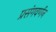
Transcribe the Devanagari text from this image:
प्रसंगवर्णन